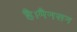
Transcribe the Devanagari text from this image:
है।मैनसन